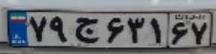
۷۹ج۶۳۱۶۷